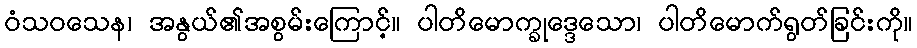
ဝံသဝသေန၊ အနွယ်၏အစွမ်းကြောင့်။ ပါတိမောက္ခုဒ္ဒေသော၊ ပါတိမောက်ရွတ်ခြင်းကို။